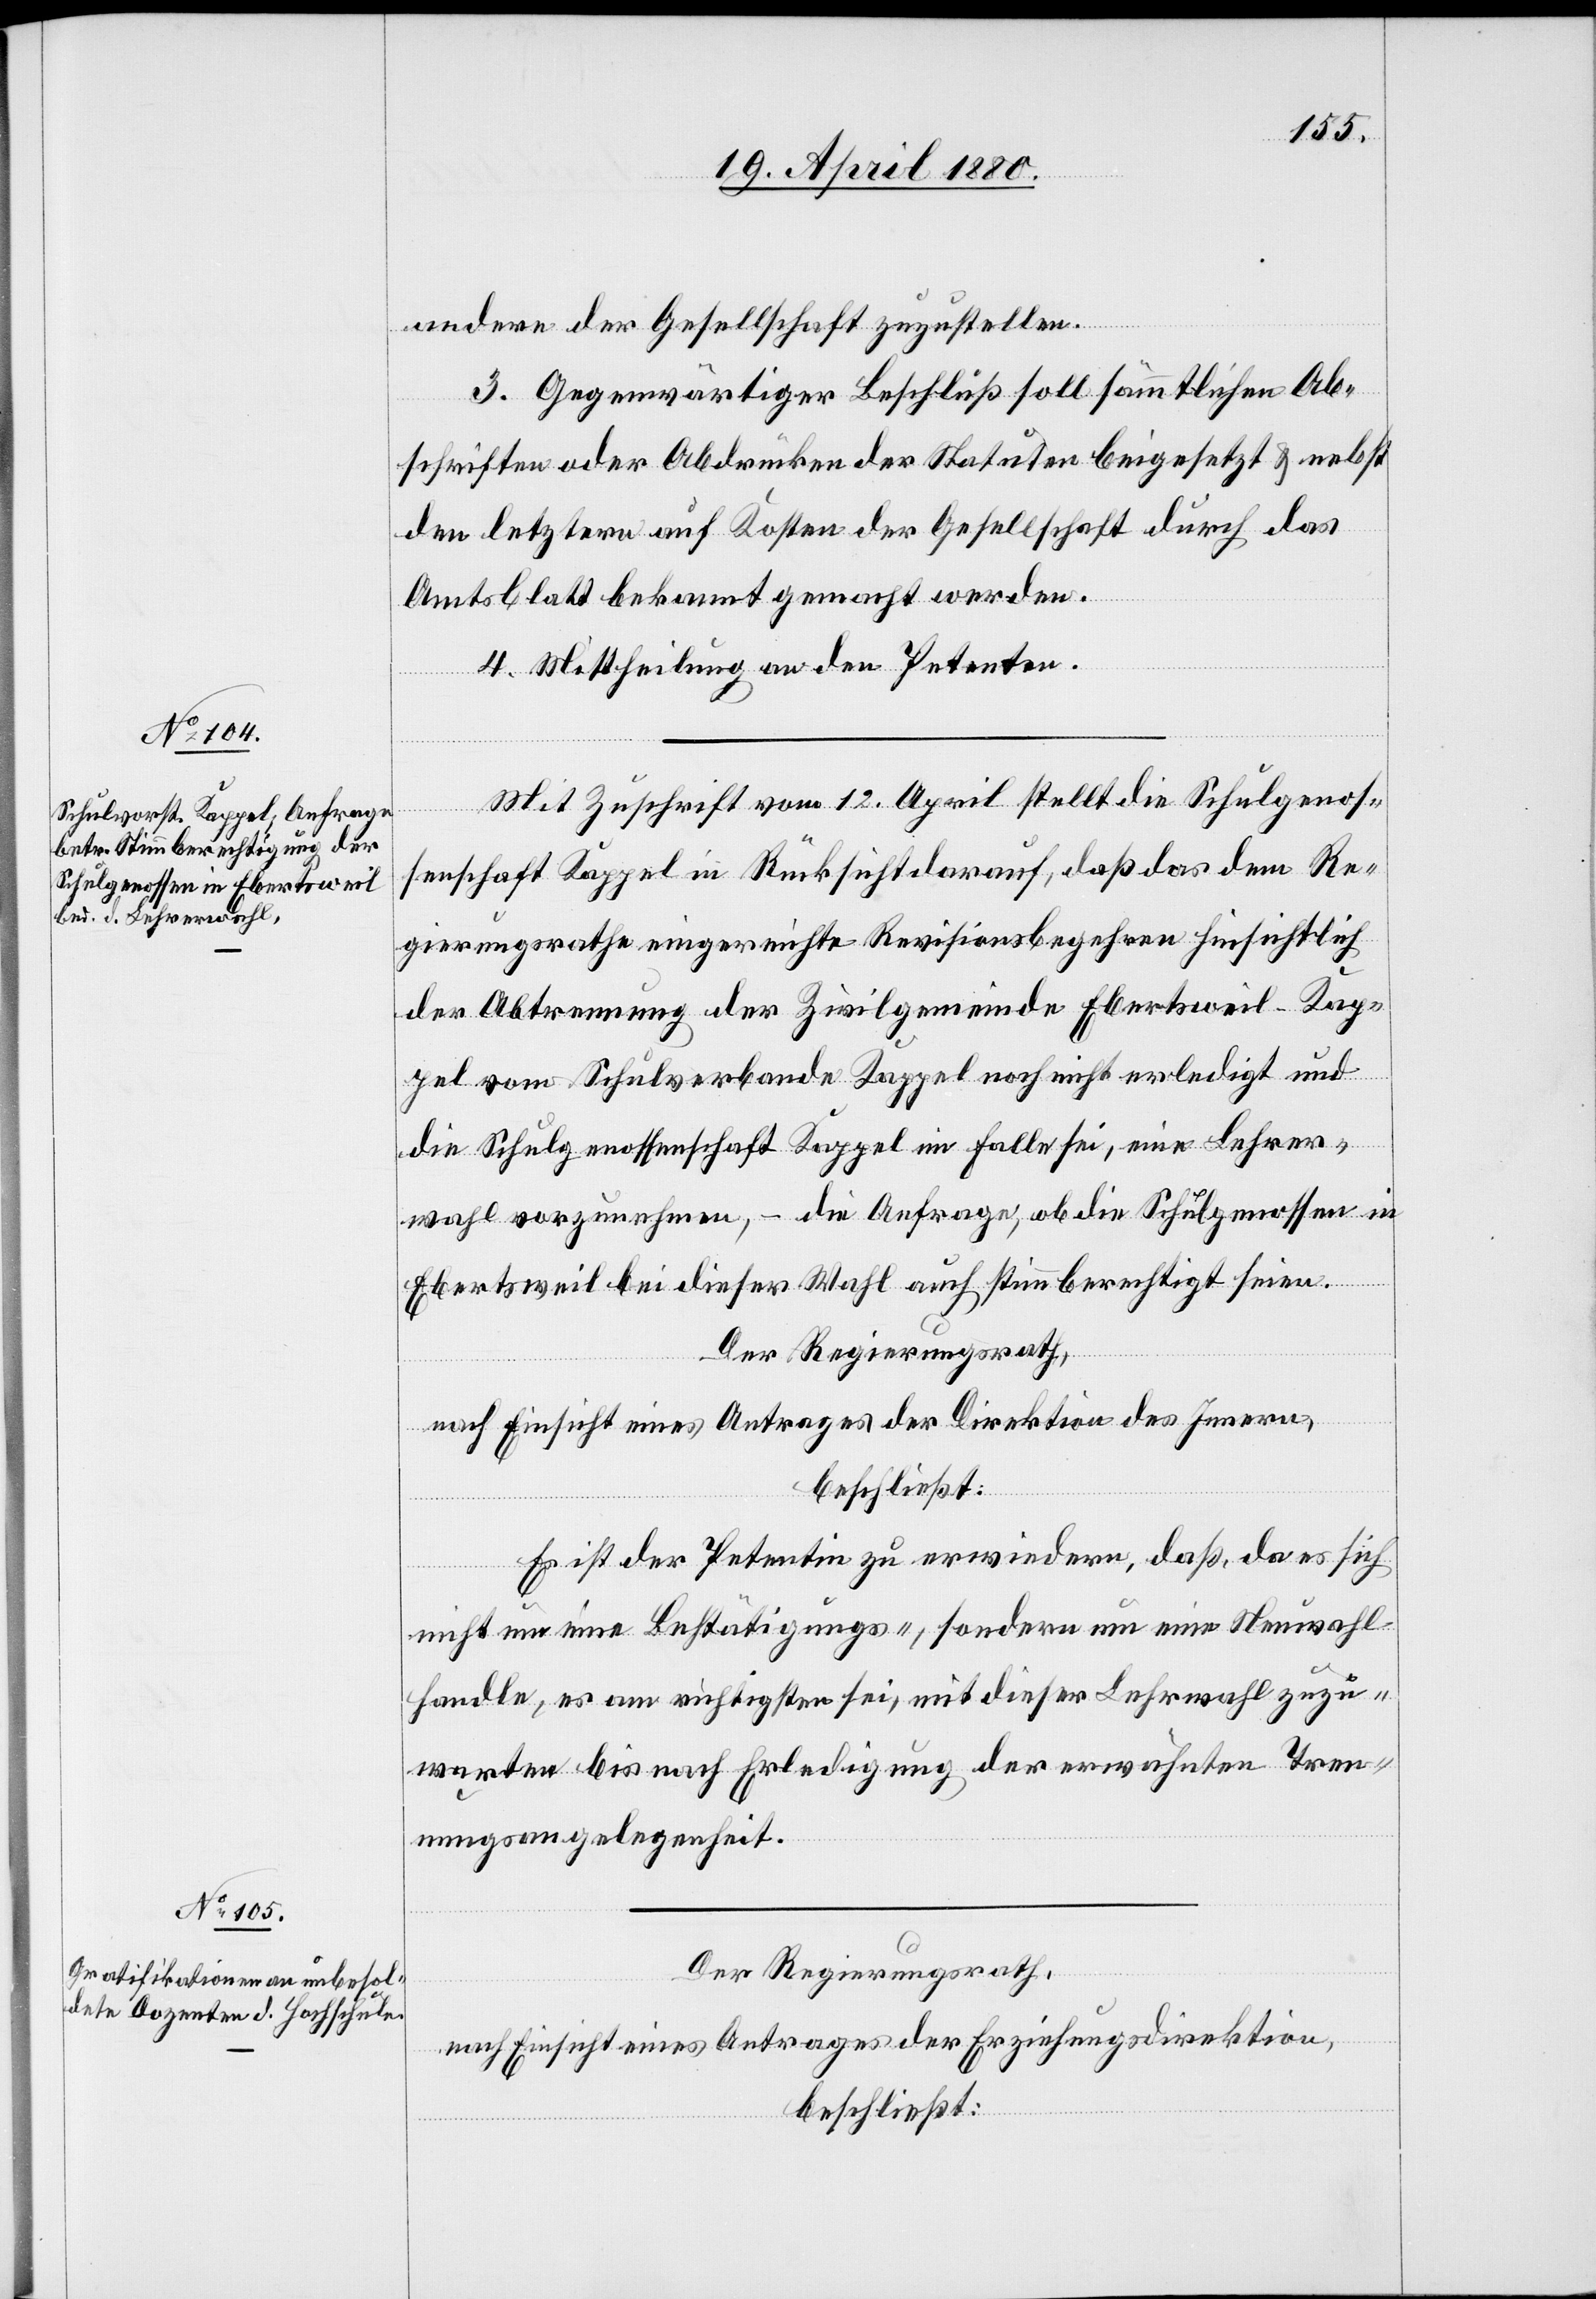
andere der Gesellschaft zuzustellen.
3. Gegenwärtiger Beschluß soll sämmtlichen Ab¬
schriften oder Abdrücken der Statuten beigesetzt & nebst
den letztern auf Kosten der Gesellschaft durch das
Amtsblatt bekannt gemacht werden.
4. Mittheilung an den Petenten.
Mit Zuschrift vom 12. April stellt die Schulgenos¬
senschaft Kappel in Rücksicht darauf, daß das dem Re¬
gierungsrathe eingereichte Revisionsbegehren hinsichtlich
der Abtrennung der Zivilgemeinde Ebertsweil - Kap¬
pel vom Schulverbande Kappel noch nicht erledigt und
die Schulgenossenschaft Kappel im Falle sei, eine Lehrer¬
wahl vorzunehmen, – die Anfrage, ob die Schulgenossen in
Ebertsweil bei dieser Wahl auch stimmberechtigt seien.
Der Regierungsrath,
nach Einsicht eines Antrages der Direktion des Innern,
beschließt:
Es ist der Petentin zu erwiedern, daß, da es sich
nicht um eine Bestätigungs-, sondern um eine Neuwahl
handle, es am richtigsten sei, mit dieser Lehr[er]wahl zuzu¬
warten bis nach Erledigung der erwähnten Tren¬
nungsangelegenheit.
Der Regierungsrath,
nach Einsicht eines Antrages der Erziehungsdirektion,
beschließt: